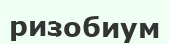
ризобиум